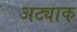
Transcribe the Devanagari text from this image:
अट्याक